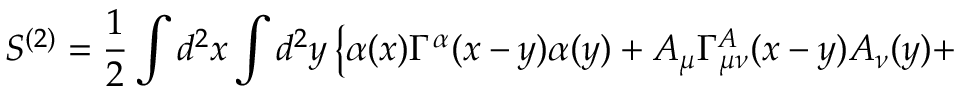
S ^ { ( 2 ) } = \frac { 1 } { 2 } \int d ^ { 2 } x \int d ^ { 2 } y \left\{ \alpha ( x ) \Gamma ^ { \alpha } ( x - y ) \alpha ( y ) + A _ { \mu } \Gamma _ { \mu \nu } ^ { A } ( x - y ) A _ { \nu } ( y ) + \right.